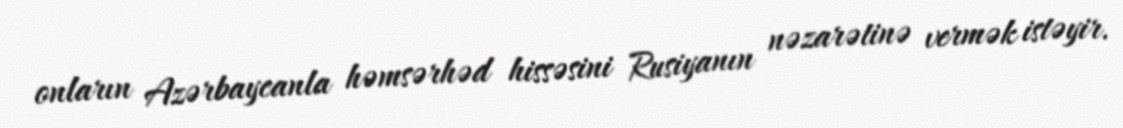
onların Azərbaycanla həmsərhəd hissəsini Rusiyanın nəzarətinə vermək istəyir.